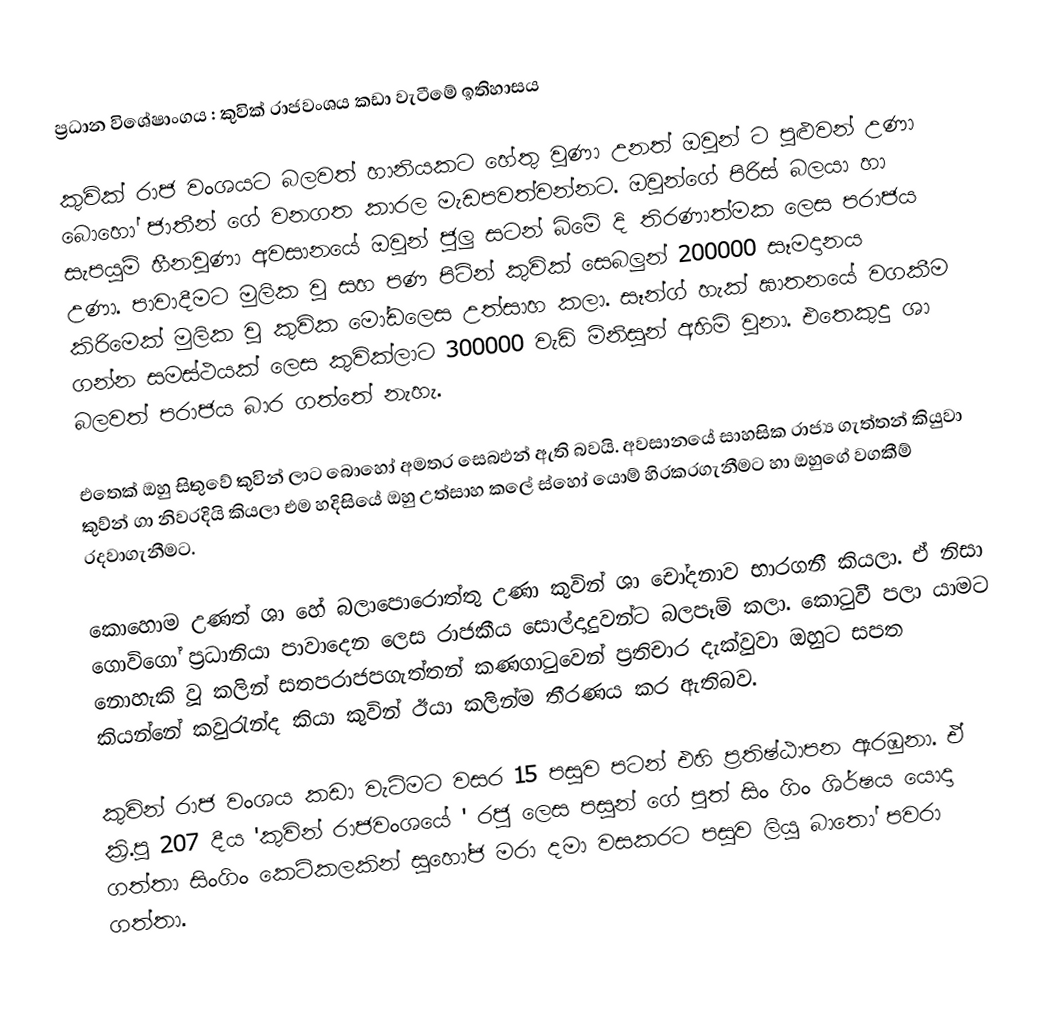
ප්‍රධාන විශේෂාංගය : කුවික් රාජවංශය කඩා වැටීමේ ඉතිහාසය

කුවික් රාජ වංශයට බලවත් හානියකට හේතු වුණා උනත් ඔවුන් ට පුළුවන් උණා බොහෝ ජාතීන් ගේ වනගත කාරල මැඩපවත්වන්නට. ඔවුන්ගේ පිරිස් බලයා හා සැපයුම් හීනවුණා අවසානයේ ඔවුන් ජුලු සටන් බිමේ දි තිරණාත්මක ලෙස පරාජය උණා.  පාවාදීමට මුලික වු සහ පණ පිටින් කුවික් සෙබලුන් 200000 සෑමදානය කිරිමෙක් මුලික වු කුවික මෝඩලෙස උත්සාහ කලා. සෑන්ග් හැක් ඝාතනයේ වගකීම ගන්න  සමස්ථයක් ලෙස කුවික්ලාට 300000 වැඩි මිනිසුන් අහිමි වුනා. එතෙකුදු ශා බලවත් පරාජය බාර ගත්තේ නැහැ.

එතෙක් ඔහු සිතුවේ කුවින් ලාට බොහෝ අමතර සෙබඵන් ඇති බවයි. අවසානයේ සාහසික රාජ්‍ය ගැත්තන් කියුවා කුව්න් ගා නිවරදියි කියලා එම හදිසි‍යේ ඔහු උත්සාහ කලේ ස්හෝ යොම් හිරකරගැනීමට හා ඔහුගේ වගකීම් රදවාගැනීමට.

කොහොම උණත් ශා හේ බලාපොරොත්තු උණා කුවින් ශා චෝදනාව භාරගනී කියලා. ඒ නිසා ‍ගොවිගෝ ප්‍රධානියා පාවාදෙන ලෙස රාජකීය සොල්දාදුවන්ට බලපෑම් කලා. කොටුවී පලා යාමට නොහැකි වූ කලින් සතපරාජපගැත්තන් කණගාටුවෙන් ප්‍රතිචාර දැක්වුවා ඔහුට සපත කියන්නේ කවුරැන්ද කියා කුවින් ඊයා කලින්ම තීරණය කර ඇතිබව.

කුවින් රාජ වංශය කඩා වැටිමට වසර 15 පසුව පටන් එහි ප්‍රතිෂ්ඨාපන ඇරඹුනා. ඒ ක්‍රි.පු 207 දීය 'කුවින් රාජවංශයේ ' රජු ලෙස පසුන් ගේ පුත් සිං ගිං ශිර්ෂය යොදා ගත්තා සිංගිං කෙටිකලකින් සුහෝජ මරා දමා වසකරට පසුව ලියු බාතෝ පවරා ගත්තා.